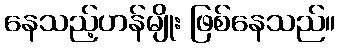
နေသည့်ဟန်မျိုး ဖြစ်နေသည်။